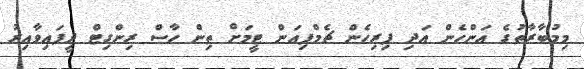
މިމުބާރާތުގެ އަންހެން އަދި ފިރިހެން ޗެމްޕިއަން ޓީމަށް ތިން ހާސް ރިންގިޓް ދީފައިވާއިރު